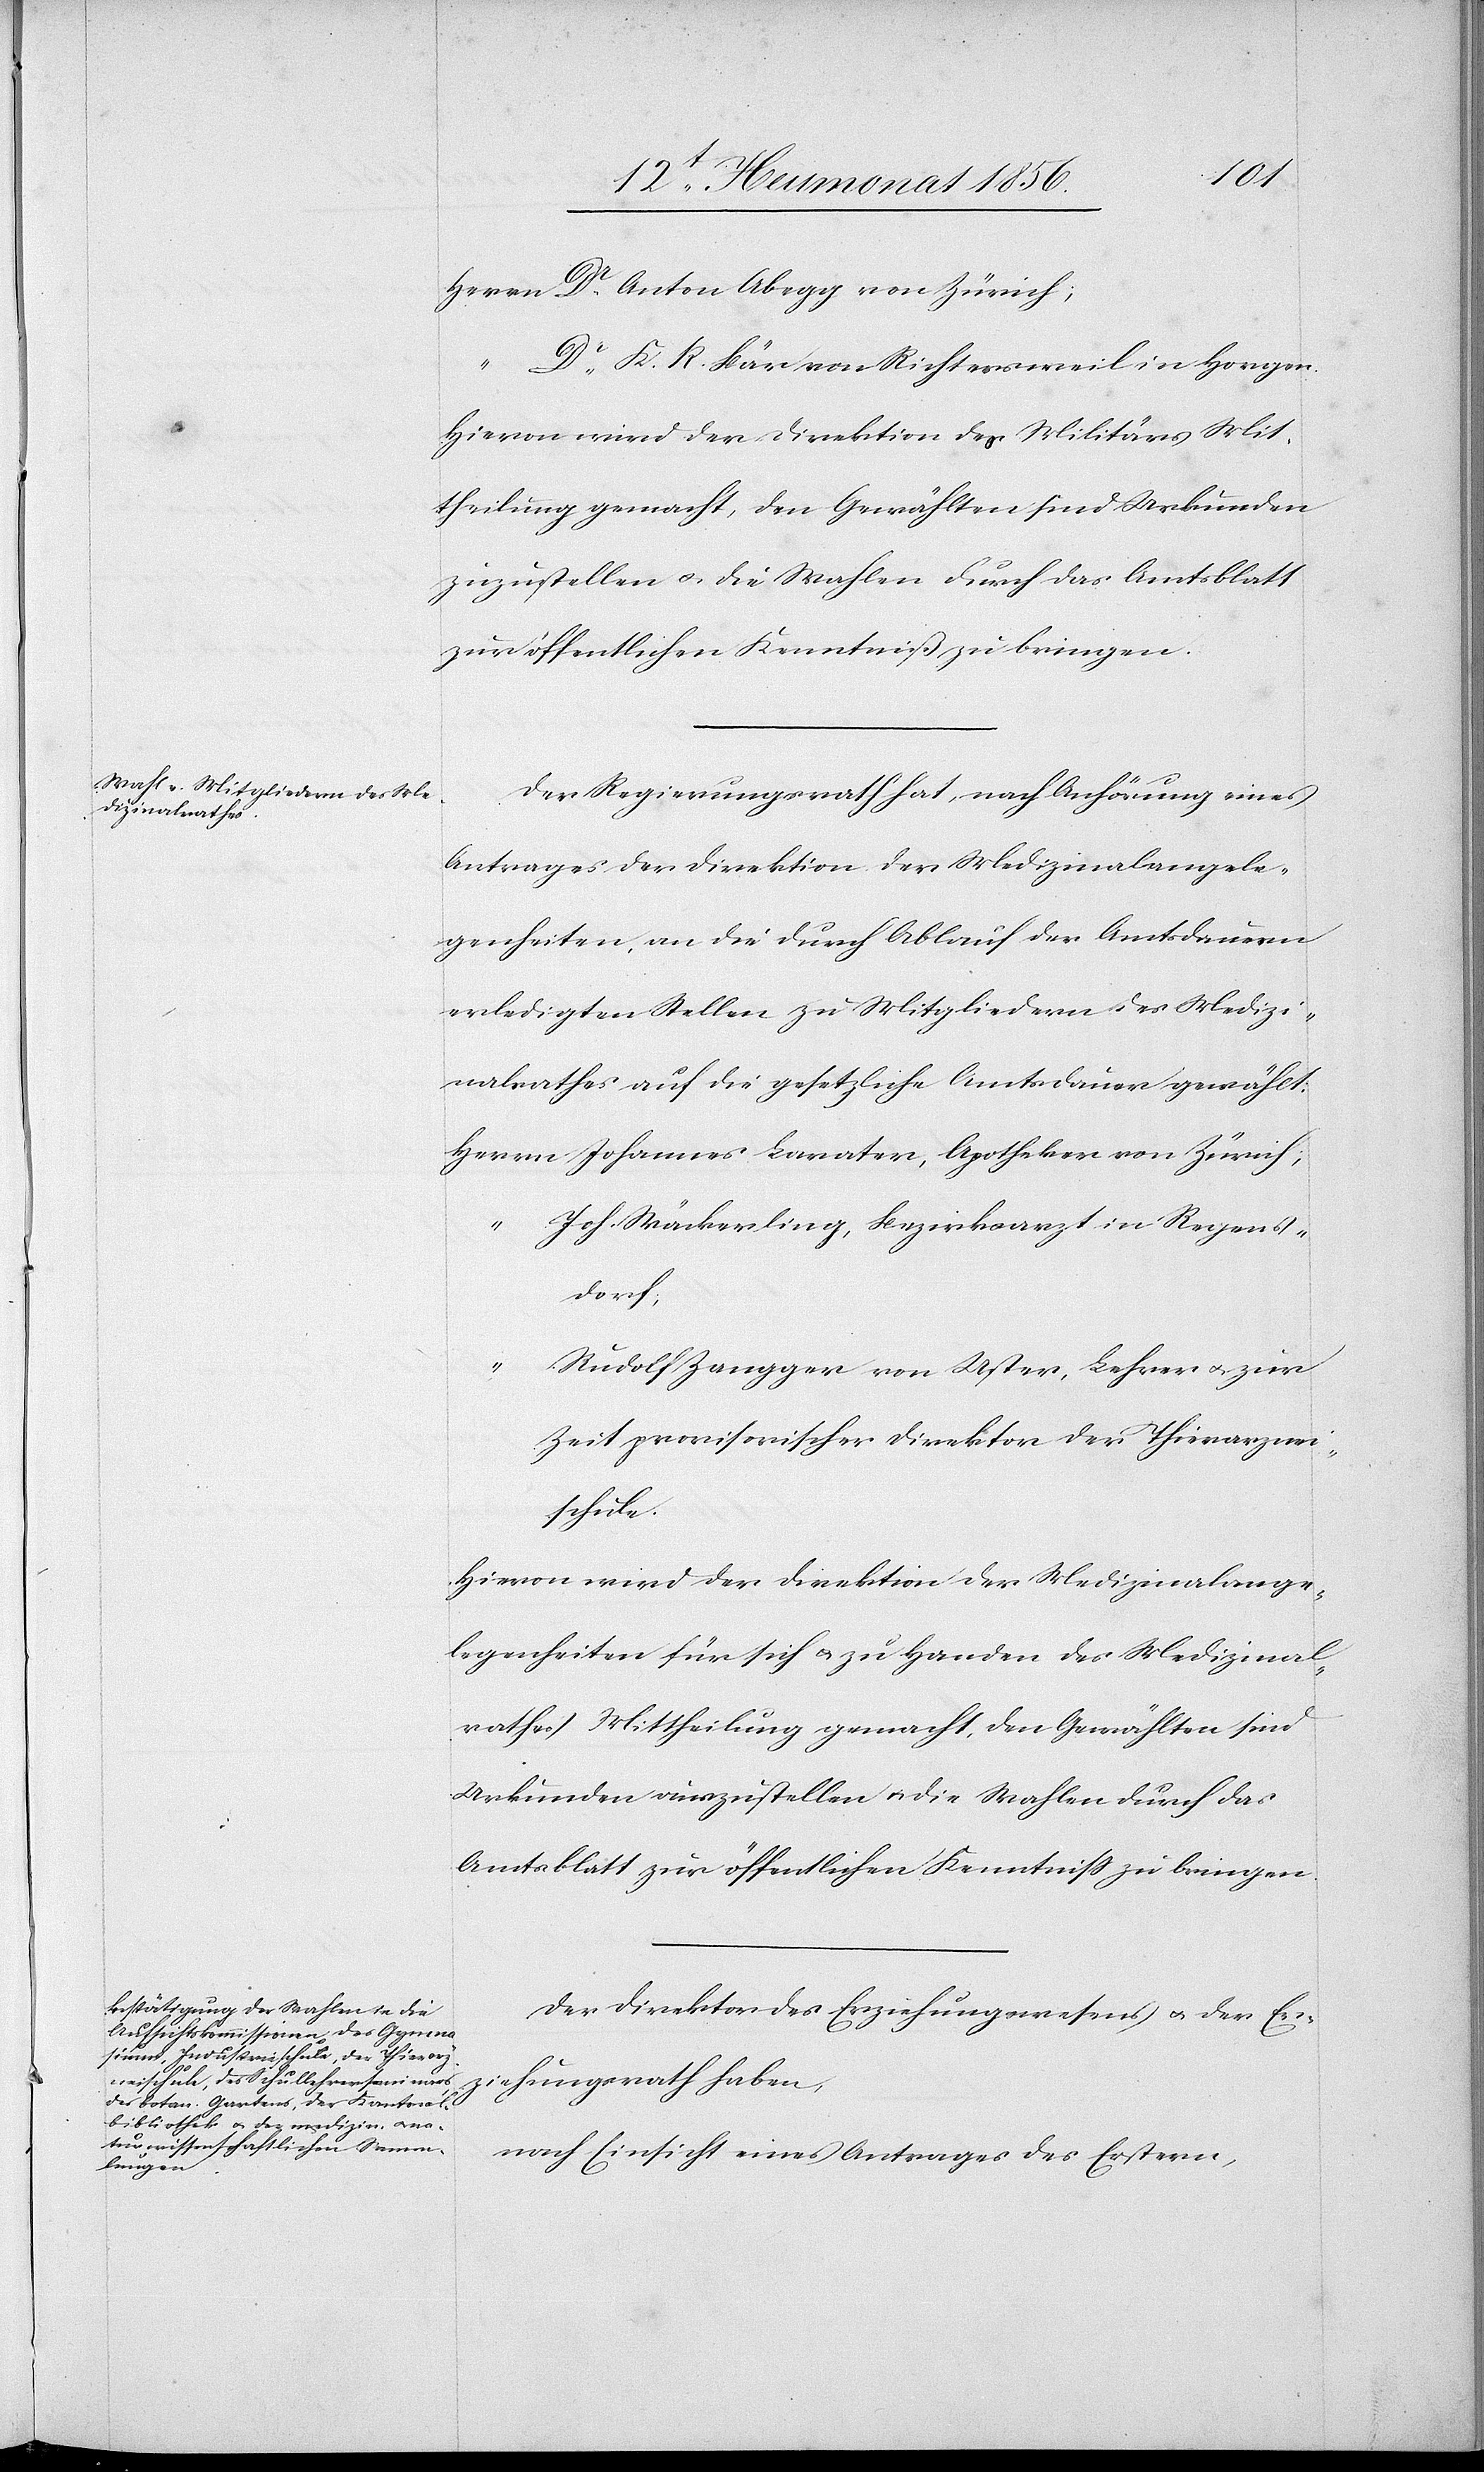
Herrn Dr Anton Abegg von Zürich;
Dr K. R. Bär von Richtersweil in Horgen.
Hievon wird der Direktion des Militärs Mit¬
theilung gemacht, den Gewählten sind Urkunden
zuzustellen u. die Wahlen durch das Amtsblatt
zur öffentlichen Kenntniß zu bringen.
Der Regierungsrath hat, nach Anhörung eines
Antrages der Direktion der Medizinalangele¬
genheiten, an die durch Ablauf der Amtsdauern
erledigten Stellen zu Mitgliedern des Medizi¬
nalrathes auf die gesetzliche Amtsdauer gewählt:
Herrn Johannes Lavater, Apotheker von Zürich;
Joh. Wäckerling, Bezirksarzt in Regens¬
dorf;
Rudolf Zangger von Uster, Lehrer u. zur
Zeit provisorischer Direktor der Thierarznei¬
schule.
Hievon wird der Direktion der Medizinalange¬
legenheiten für sich u. zu Handen des Medizinal¬
rathes Mittheilung gemacht, den Gewählten sind
Urkunden auszustellen u. die Wahlen durch das
Amtsblatt zur öffentlichen Kenntniss zu bringen.
Der Direktor des Erziehungswesens u. der Erz¬
iehungsrath haben,
nach Einsicht eines Antrages des Erstern,